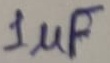
Text: 1µF